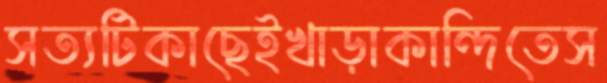
সত্যটিকাছেইখাড়াকান্দিতেস